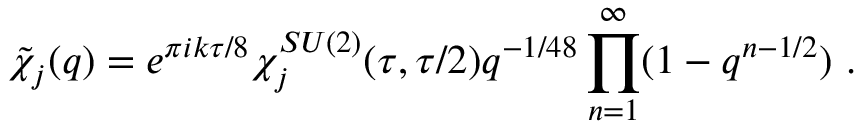
\tilde { \chi } _ { j } ( q ) = e ^ { \pi i k \tau / 8 } \chi _ { j } ^ { S U ( 2 ) } ( \tau , \tau / 2 ) q ^ { - 1 / 4 8 } \prod _ { n = 1 } ^ { \infty } ( 1 - q ^ { n - 1 / 2 } ) ~ .